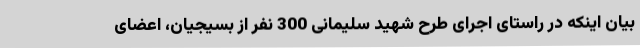
بیان اینکه در راستای اجرای طرح شهید سلیمانی 300 نفر از بسیجیان، اعضای